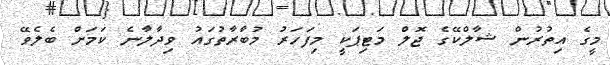
މީގެ އިތުރުން ޝާލްކޭގެ ޖޮލް މަޓިޕަކީ މިފަހަރު މުބާރާތުގައު ވިދާލާނެ ކަމަށް ބެލެވޭ